Report on vaccination in Madras 1922-1929 - 1922-1929
Year: 1922
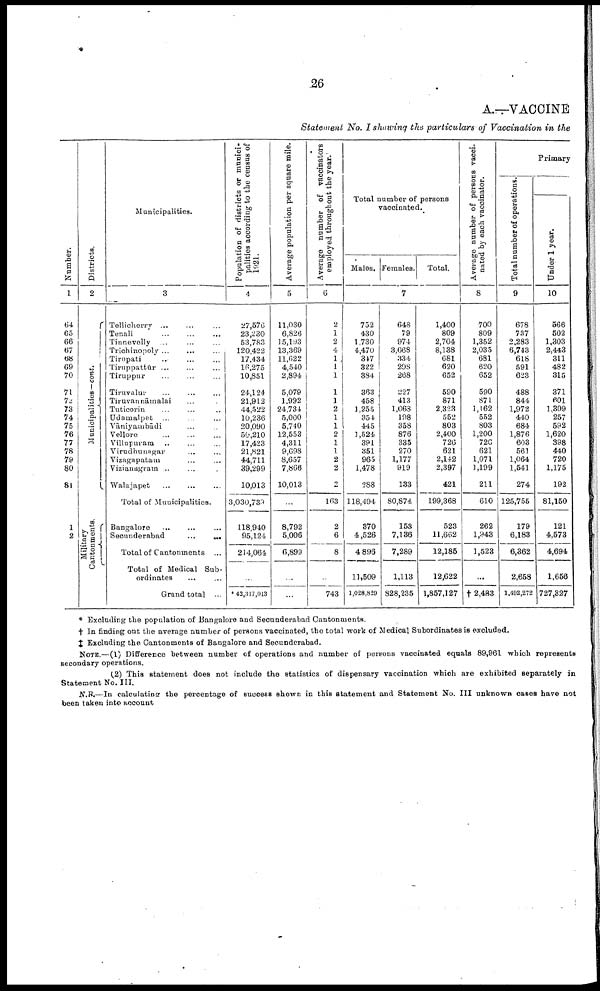
26
A.—VACCINE
Statement
No. I showing the particulars
of Vaccination
in the
Number.
1
64
65
66
67
68
69
70
71
72
73
74
75
76
77
78
79
80
81
1
2
Districts.
2
Municipalities—cont.
Military
Cantonments.
Municipalities.
3
Tellicherry ... ... ...
Tenali
...
...
...
Tinnevelly ... ......
Trichinopoly ... ... ...
Tirupati ... ... ...
Tiruppattūr ... ... ...
Tiruppur ... ... ...
Tiruvalur ... ... ...
Tiruvannāmalai ... ...
Tuticorin ... ... ...
Udamalpet ... ... ...
Vāniyatnbādi ... ...
Vellore ... ... ...
Villupuram ... ... ...
Virudhunagar ... ... ...
Vizagapatam ... ...
Vizianagram ... ...
Walajapet ... ... ...
Total of Municipalities.
Bangalore ... ... ...
Secunderabad
...
...
Total of Cantonments ...
Total of Medical Sub
ordinates
... ...
Grand total ...
Population of districts or munici
palities according to the census of
1931.
4
27,576
23,230
53,783
120,422
17,434
16,275
10,851
24,124
21,912
44,522
10,236
20,090
50,210
17,423
21,821
44,711
39,299
10,013
3,030,739
118,940
95,124
214,061
...
* 43,317,013
Average population per square mile.
5
11,030
6,826
15,193
13,369
11,622
4,540
2,894
5,079
1,992
24,734
5,000
5,740
12,553
4,311
9,698
8,657
7,866
10,013
...
8,792
5,006
6,899
...
...
Average number of vaccinators
employed throughout the year.
6
2
1
2
4
1
1
1
1
1
1
1
1
1
1
1
2
2
2
163
2
6
8
...
743
Total number of persons
vaccinated.
Males. Females.
Total.
7
752
430
1,730
4,470
347
322
384
363
458
1,255
354
445
1,524
391
351
965
1,478
288
118,494
370
4,526
4,896
11,509
1,028,829
648
79
974
3,668
334
298
268
227
413
1,068
198
358
876
335
270
1,177
919
133
80,874
153
7,136
7,289
1,113
828,235
1,400
809
2,704
8,138
681
620
652
590
871
2,323
552
803
2,400
726
621
2,142
2,397
421
199,368
523
11,662
12,185
12,622
1,857,127
Average number of persons vacci
nated by each vaccinator.
8
700
809
1,352
2,035
681
620
652
590
871
1,162
552
803
1,200
726
621
1,071
1,199
211
610
262
1,943
1,523
...
† 2,483
Primary
Total number of operations.
9
678
737
2,283
6,743
618
591
623
488
844
1,972
440
684
1,876
603
561
1,064
1,541
274
125,755
179
6,183
6,362
2,658
1,492,272
Under 1 year.
10
566
502
1,303
2,443
311
482
315
371
601
l,309
257
592
1,620
398
440
720
1,175
192
81,150
121
4,573
4,694
1,656
727,327
* Excluding the population of Bangalore and Secunderabad Cantonments.
† In finding out the average number of persons vaccinated, the total -work of Medical Subordinates is excluded.
‡ Excluding the Cantonments of Bangalore and Secunderabad.
NOTE.—(1) Difference between number of operations and number of persons vaccinated equals 89,961 which represents
secondary operations.
(2) This statement does not include the statistics of dispensary vaccination which are exhibited separately in
Statement No. III.
N.B.—In calculating the percentage of success shown in this statement and Statement No. III unknown cases have not
been taken into account